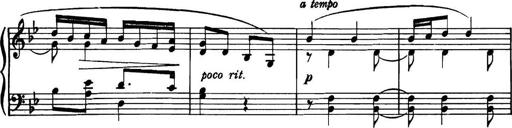
Title: Piano Sonatina in G minor
Composer: John Blackwood McEwen
Key: G minor